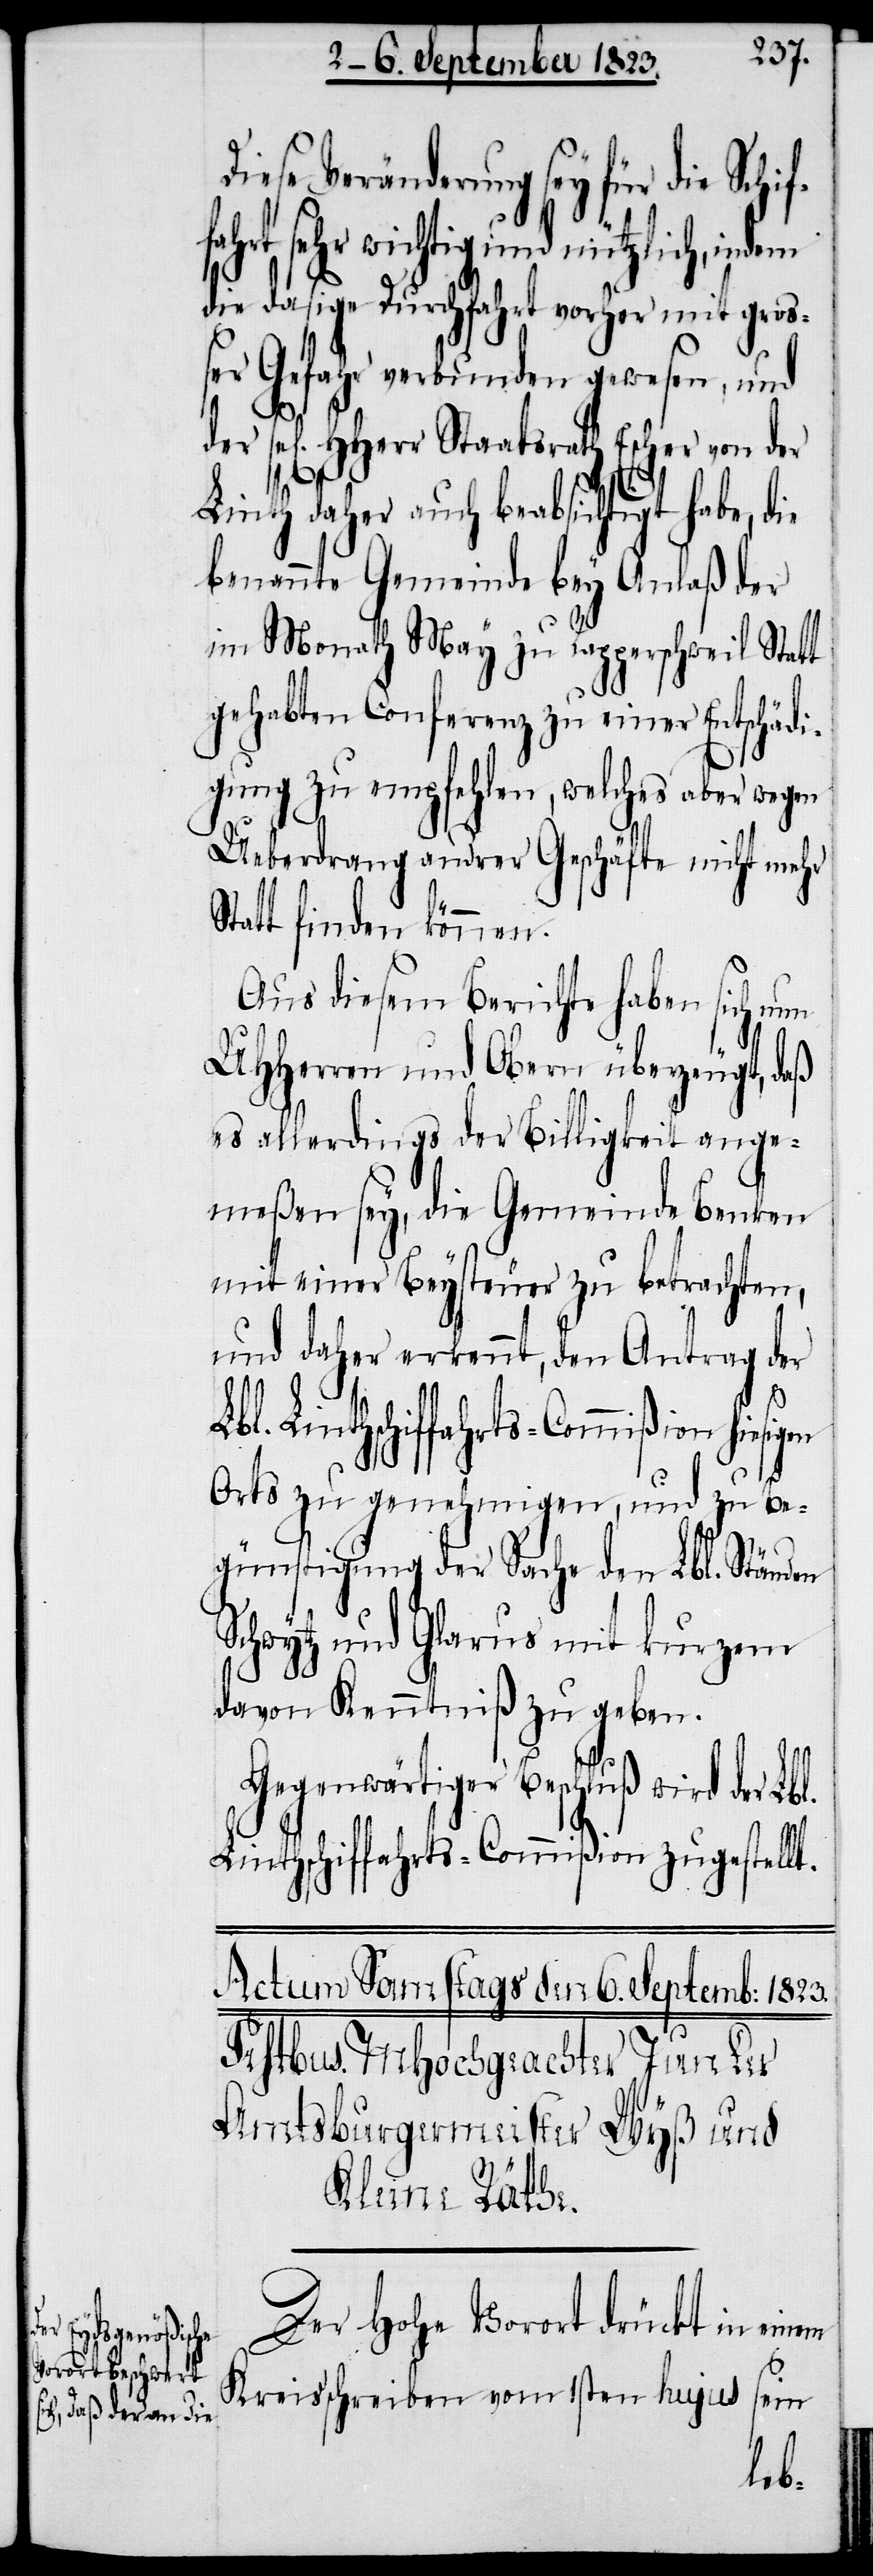
iese Veränderung sey für die Sch¬
ahrt sehr wichtig und nützlich, in¬
die dasige Durchfahrt vorher mit gro¬
ßer Gefahr verbunden gewesen, und
l.
sel[ige] HHerr Staatsrath Escher von der
Linth daher auch beabsichtigt habe,
benannte Gemeinde bey Anlaß der
im Monath May zu Rapperschweil Statt
gehabten Conferenz zu einer Entschädi¬
gung zu empfehlen, welches aber wegen
Ueberdrang andrer Geschäfte nicht mehr
Statt finden können.
Aus diesem Berichte haben sich nun
UHHerren und Obern überzeugt, daß
es allerdings der Billigkeit ange¬
meßen sey, die Gemeinde Benken
mit einer Beysteuer zu betrachten,
und daher erkennt, den Antrag der
Orts zu genehmigen, und zu Be¬
günstigung der Sache den Lbl. Ständen
Schwytz und Glarus mit kurzem
davon Kenntniß zu geben.
Gegenwärtiger Beschluß wird der Lb¬
Linthschiffahrts-Commißion zugestell¬
Der Hohe Vorort drückt in einem
Kreisschreiben vom 1sten hujus sein
t.